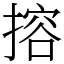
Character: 搈